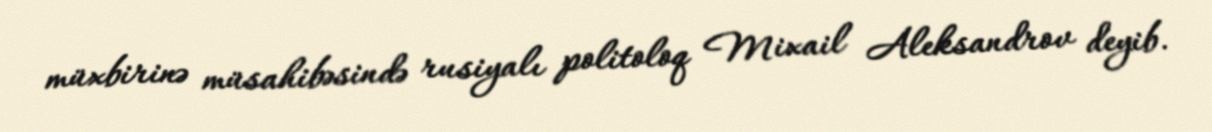
müxbirinə müsahibəsində rusiyalı politoloq Mixail Aleksandrov deyib.